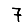
Digit: 7